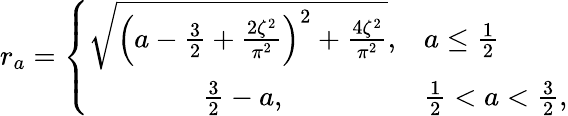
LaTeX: \begin{array}{r}{r_{a}=\left\{ \begin{array}{cl}{\sqrt{\left(a-\frac{3}{2}+\frac{2\zeta^{2}}{\pi^{2}}\right)^{2}+\frac{4\zeta^{2}}{\pi^{2}}},}&{a\leq\frac{1}{2}}\\ {\frac{3}{2}-a,}&{\frac{1}{2}<a<\frac{3}{2},}\end{array}\right.}\end{array}